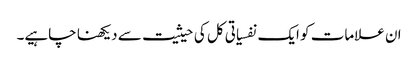
ان علامات کو ایک نفسیاتی کل کی حیثیت سے دیکھنا چاہیے۔